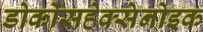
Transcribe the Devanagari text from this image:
डोकोसहेक्सेनोइक